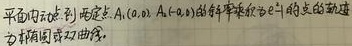
平面内动点到两定点\(A(a,0)\)，\(A'(-a,0)\)的斜率乘积为\(e^{2}-1\)的点的轨迹方程为椭圆或双曲线。